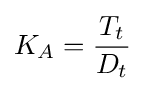
K_{A}={\frac {T_{t}}{D_{t}}}